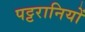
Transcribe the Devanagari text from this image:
पट्टरानियों